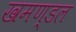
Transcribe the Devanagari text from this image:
खमण्डल